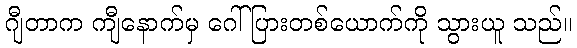
ဂျီတာက ကျီနောက်မှ ဂေါ်ပြားတစ်ယောက်ကို သွားယူ သည်။